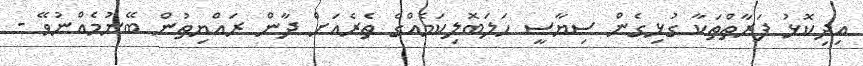
އިދިކޮޅު ފަރާތްތަކާ ގުޅިގެން ސިޔާސީ ހަލަބޮލިކަމެއްގެ ތެރެއަށް ދާން ރައްޔިތުން ބޭނުމެއްނުވޭ -